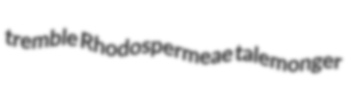
tremble Rhodospermeae talemonger